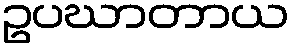
ဥပဃာတာယ